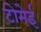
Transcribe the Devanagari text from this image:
टोमेई